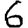
Digit: 6